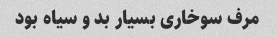
مرف سوخاری بسیار بد و سیاه بود